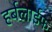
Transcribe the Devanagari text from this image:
हर्बलाईफ